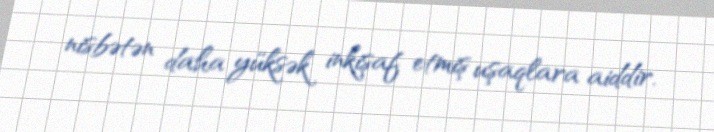
nisbətən daha yüksək inkişaf etmiş uşaqlara aiddir.